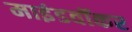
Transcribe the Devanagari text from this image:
माइंडवॉकर